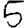
Digit: 5